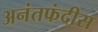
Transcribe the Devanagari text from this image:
अनंतफंदीस